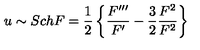
u \sim S c h F = { \frac { 1 } { 2 } } \left\{ { \frac { F ^ { \prime \prime \prime } } { F ^ { \prime } } } - { \frac { 3 } { 2 } } { \frac { F ^ { 2 } } { F ^ { 2 } } } \right\}